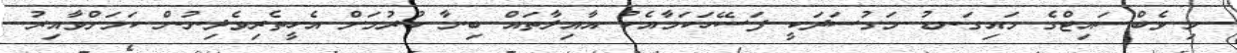
މި ވެބްސައިޓްގެ މައިގަނޑު މަގުސަދަކީ ފަސޭހަކަމާއެކު އާއިލާތައް ބިނާ ކުރުމަށް އެހީތެރިވެދިނުން ކަމަށްވާއިރު